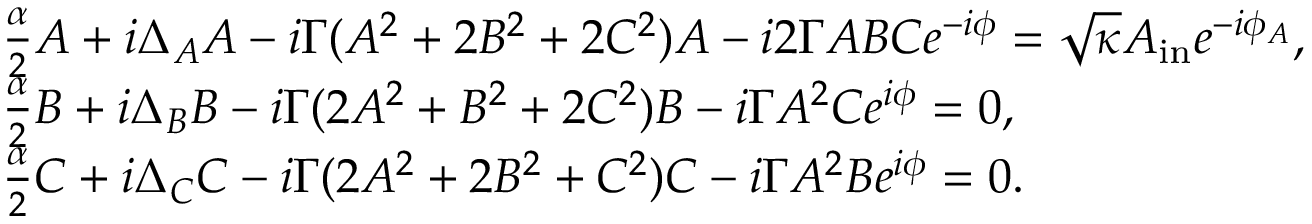
\begin{array} { r l } & { \frac { \alpha } { 2 } A + i \Delta _ { A } A - i \Gamma ( A ^ { 2 } + 2 B ^ { 2 } + 2 C ^ { 2 } ) A - i 2 \Gamma A B C e ^ { - i \phi } = \sqrt { \kappa } A _ { \mathrm { i n } } e ^ { - i \phi _ { A } } , } \\ & { \frac { \alpha } { 2 } B + i \Delta _ { B } B - i \Gamma ( 2 A ^ { 2 } + B ^ { 2 } + 2 C ^ { 2 } ) B - i \Gamma A ^ { 2 } C e ^ { i \phi } = 0 , } \\ & { \frac { \alpha } { 2 } C + i \Delta _ { C } C - i \Gamma ( 2 A ^ { 2 } + 2 B ^ { 2 } + C ^ { 2 } ) C - i \Gamma A ^ { 2 } B e ^ { i \phi } = 0 . } \end{array}